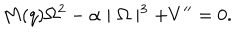
M ( q ) \Omega ^ { 2 } - \alpha \mid \Omega \mid ^ { 3 } + V ^ { \prime \prime } = 0 .